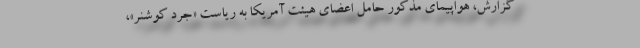
گزارش، هواپیمای مذکور حامل اعضای هیئت آمریکا به ریاست «جرد کوشنر»،